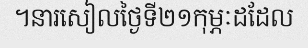
។នារសៀលថ្ងៃទី២១កុម្ភៈដដែល